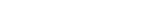
٦١